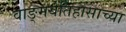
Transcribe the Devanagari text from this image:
वाङ्मयेतिहासाच्या